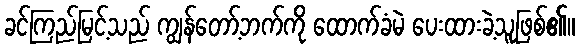
ခင်ကြည်မြင့်သည် ကျွန်တော့်ဘက်ကို ထောက်ခံမဲ ပေးထားခဲ့သူဖြစ်၏။